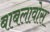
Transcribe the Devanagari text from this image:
बाबलावोस